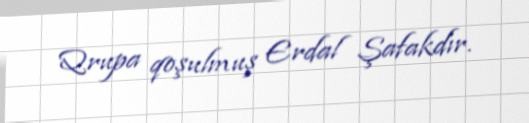
Qrupa qoşulmuş Erdal Şafakdır.